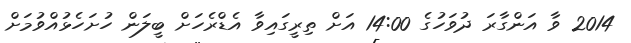
2014 ވާ އަންގާރަ ދުވަހުގެ 14:00 އަށް ތިރީގައިވާ އެޑްރެހަށް ބީލަން ހުށަހެޅުއްވުމަށް